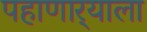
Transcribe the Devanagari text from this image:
पहाणार्‍याला